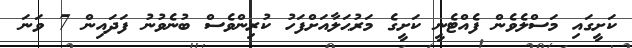
ކަށީގައި މަސްލެވެން ފެއްޓެނީ ކަށީގެ މަރުޙަލާއަށްފަހު ކުރިންވެސް ބުނެވުނު ފަދައިން 7 ވަނަ